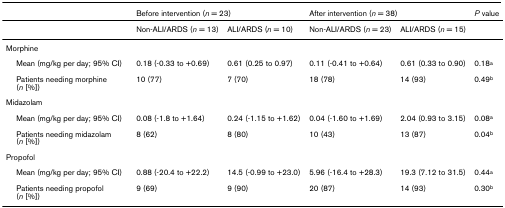
<table><thead><tr><td></td><td colspan="2"><b>Before intervention (<i>n </i>= 23)</b></td><td colspan="2"><b>After intervention (<i>n </i>= 38)</b></td><td><b><i>P </i>value</b></td></tr></thead><tbody><tr><td></td><td>Non-ALI/ARDS (<i>n </i>= 13)</td><td>ALI/ARDS (<i>n </i>= 10)</td><td>Non-ALI/ARDS (<i>n </i>= 23)</td><td>ALI/ARDS (<i>n </i>= 15)</td><td></td></tr><tr><td>Morphine</td><td></td><td></td><td></td><td></td><td></td></tr><tr><td> Mean (mg/kg per day; 95% CI)</td><td>0.18 (-0.33 to +0.69)</td><td>0.61 (0.25 to 0.97)</td><td>0.11 (-0.41 to +0.64)</td><td>0.61 (0.33 to 0.90)</td><td>0.18<sup>a</sup></td></tr><tr><td> Patients needing morphine (<i>n </i>[%])</td><td>10 (77)</td><td>7 (70)</td><td>18 (78)</td><td>14 (93)</td><td>0.49<sup>b</sup></td></tr><tr><td>Midazolam</td><td></td><td></td><td></td><td></td><td></td></tr><tr><td> Mean (mg/kg per day; 95% CI)</td><td>0.08 (-1.8 to +1.64)</td><td>0.24 (-1.15 to +1.62)</td><td>0.04 (-1.60 to +1.69)</td><td>2.04 (0.93 to 3.15)</td><td>0.08<sup>a</sup></td></tr><tr><td> Patients needing midazolam (<i>n </i>[%])</td><td>8 (62)</td><td>8 (80)</td><td>10 (43)</td><td>13 (87)</td><td>0.04<sup>b</sup></td></tr><tr><td>Propofol</td><td></td><td></td><td></td><td></td><td></td></tr><tr><td> Mean (mg/kg per day; 95% CI)</td><td>0.88 (-20.4 to +22.2)</td><td>14.5 (-0.99 to +23.0)</td><td>5.96 (-16.4 to +28.3)</td><td>19.3 (7.12 to 31.5)</td><td>0.44<sup>a</sup></td></tr><tr><td> Patients needing propofol (<i>n </i>[%])</td><td>9 (69)</td><td>9 (90)</td><td>20 (87)</td><td>14 (93)</td><td>0.30<sup>b</sup></td></tr></tbody></table>